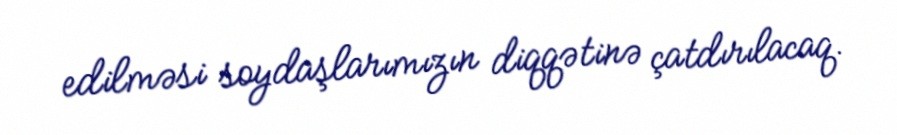
edilməsi soydaşlarımızın diqqətinə çatdırılacaq.